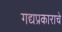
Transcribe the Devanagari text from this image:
गद्यप्रकाराचे